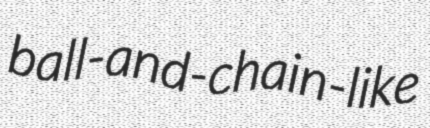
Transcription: ball-and-chain-like